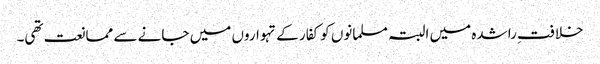
خلافتِ راشدہ میں البتہ مسلمانوں کو کفار کے تہواروں میں جانے سے ممانعت تھی۔